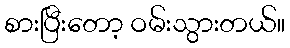
စားပြီးတော့ ဝမ်းသွားတယ်။